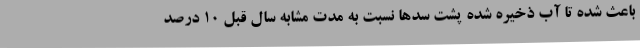
باعث شده تا آب ذخیره شده پشت سدها نسبت به مدت مشابه سال قبل ۱۰ درصد